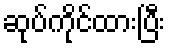
ဆုပ်ကိုင်ထားပြီး